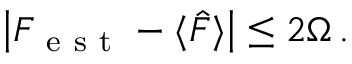
\begin{array} { r } { \left| F _ { \mathrm { ~ e ~ s ~ t ~ } } - \langle \hat { F } \rangle \right| \leq 2 \Omega \, . } \end{array}